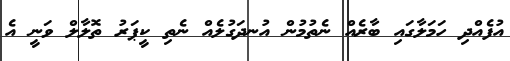
އުފެއްދި ހަމަލާގައި ބާރެއް ނެތުމުން އުނދަގުލެއް ނެތި ކީޕަރު ތޮލާލް ވަނީ އެ